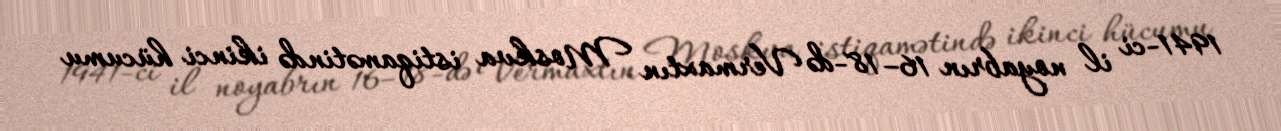
1941-ci il noyabrın 16–18-də Vermaxtın Moskva istiqamətində ikinci hücumu